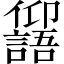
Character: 𠑕